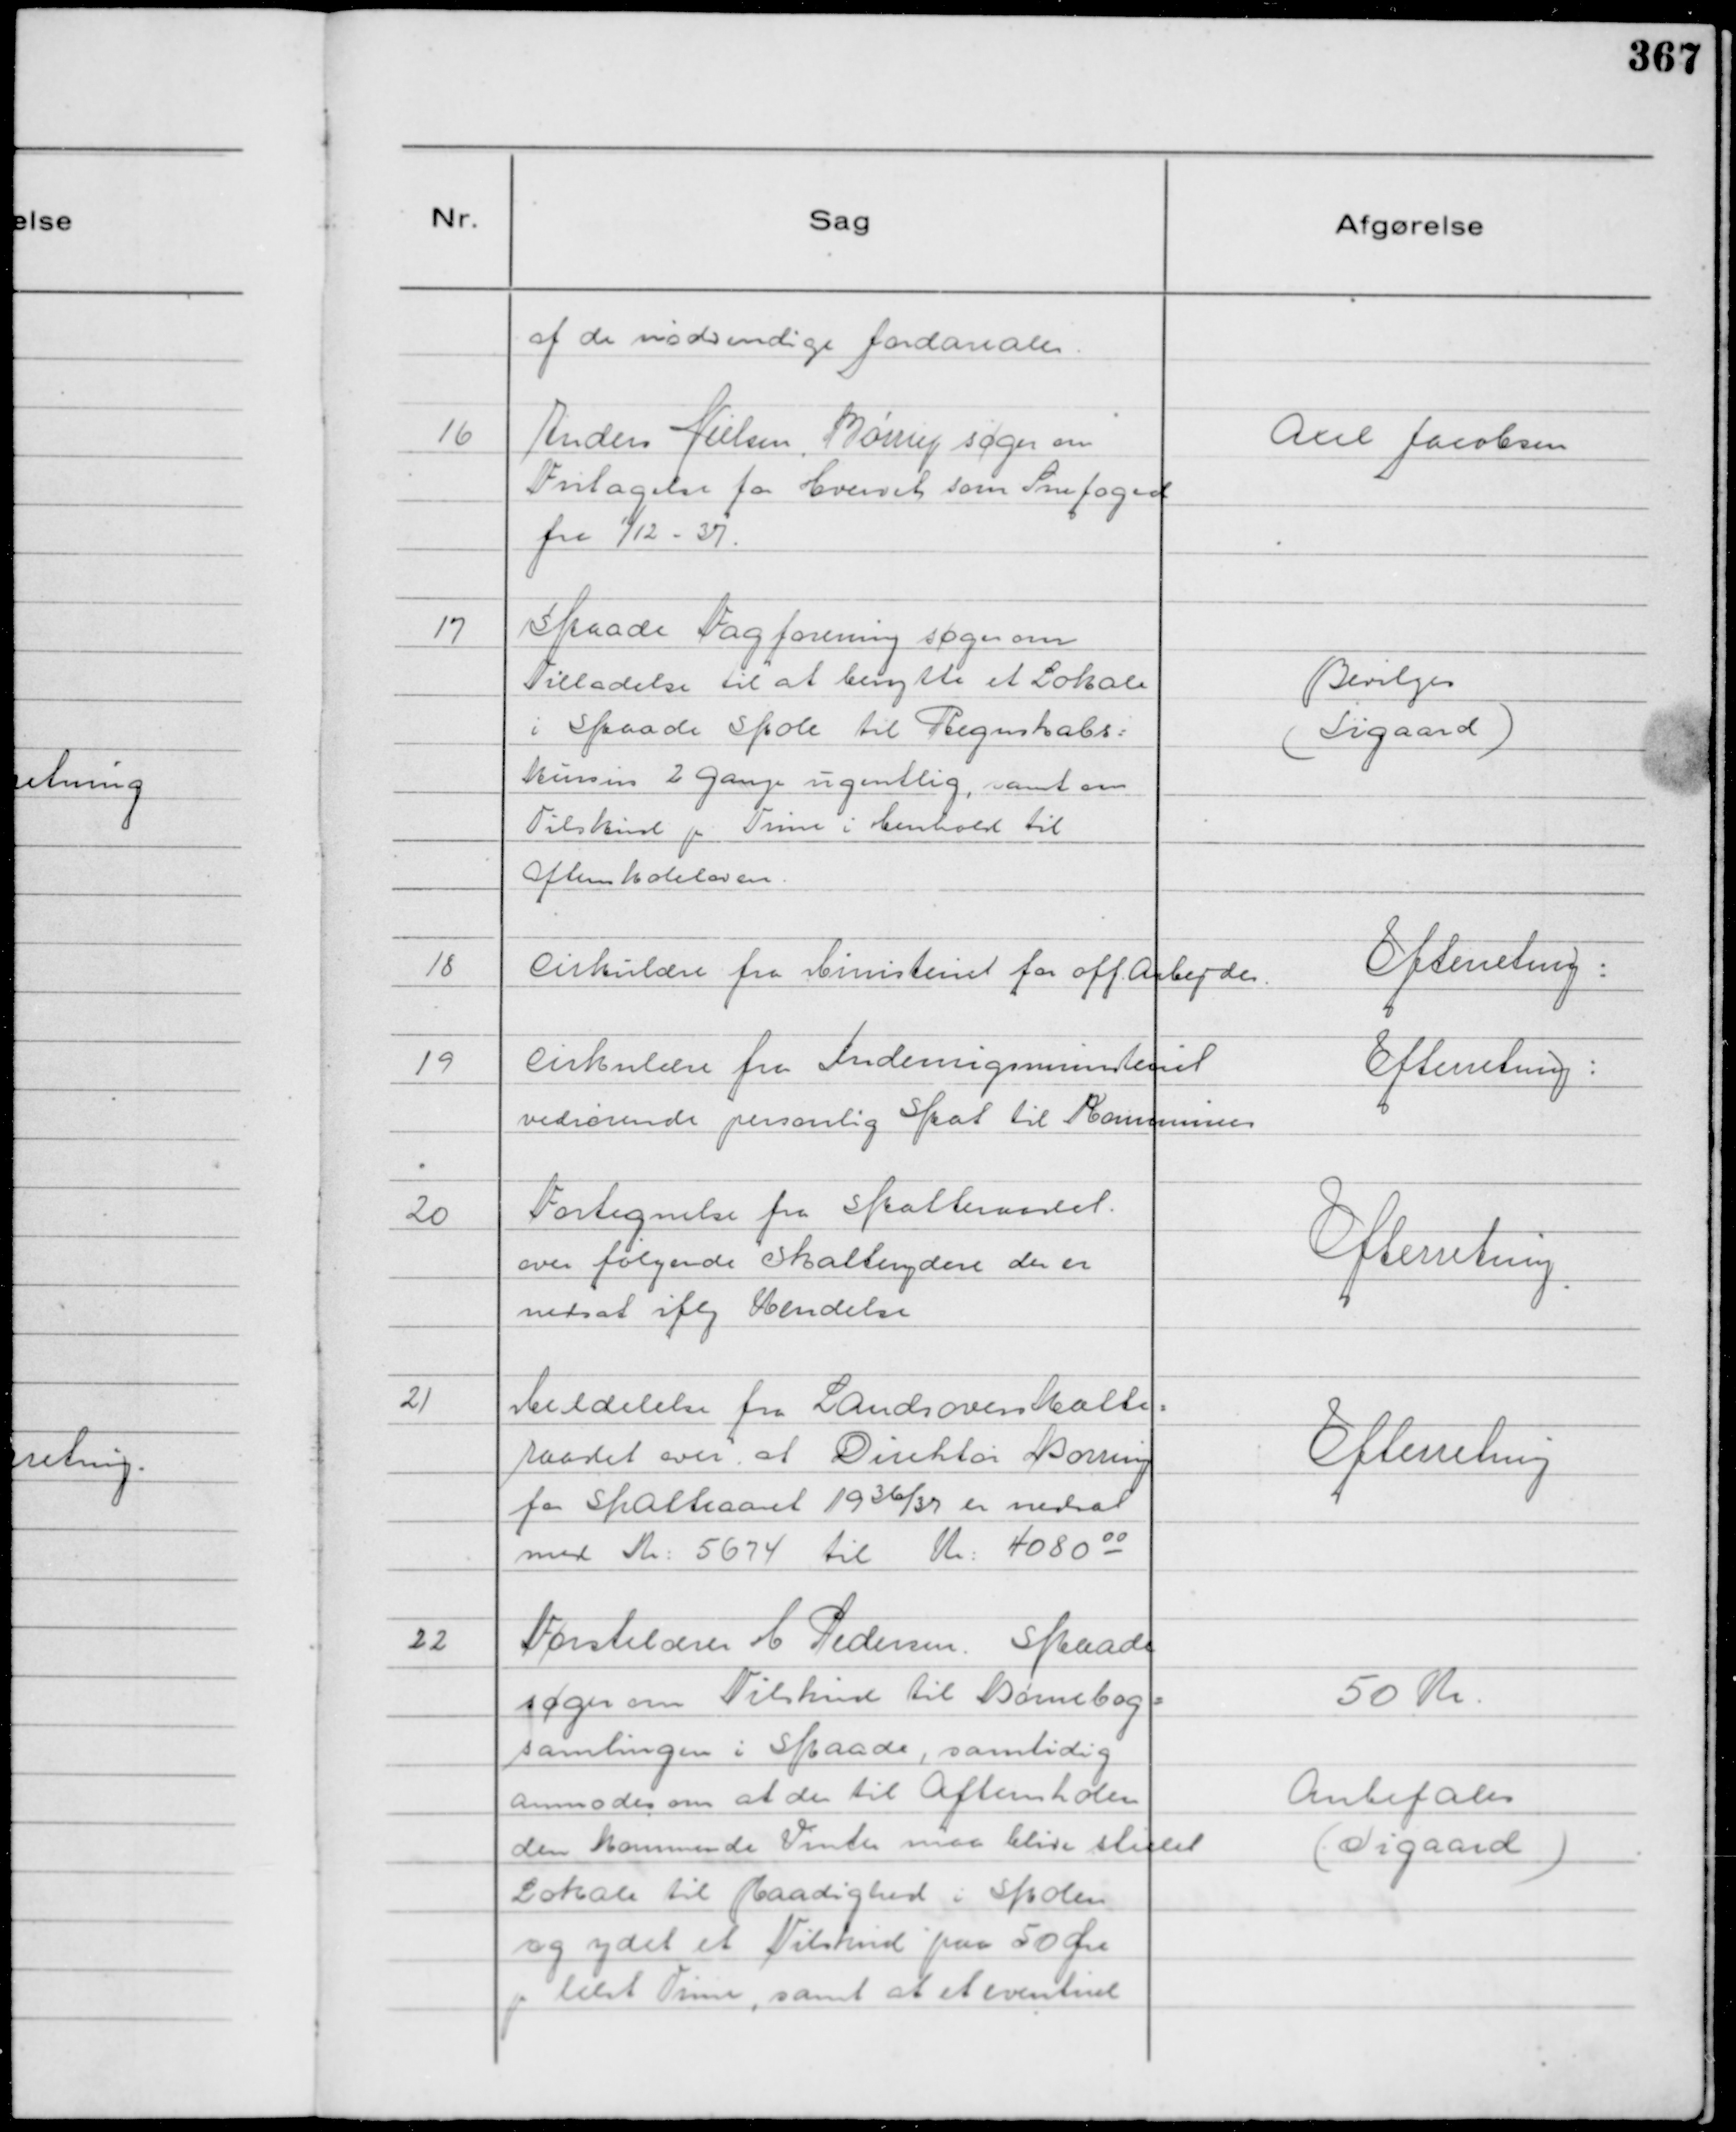
Transskription:
af de nødvendige Jordarealer.

16
Anders Nielsen, Børrup søger om
Fritagelse for Hvervet som Snefoged
fra

1/12 - 37.

Axel Jacobsen

17
Skaade Fagforening søger om
Tilladelse til at benytte et Lokale
i Skaade Skole til Regnskabs=
kursus 2 gange ugentlig, samt om
Tilskud pr Time i Henhold til
Aftenskoleloven.

Bevilges
( Sigaard )

18
Cirkulære fra Ministeriet for off. Arbejder

Efterretning:

19
Cirkulære fra Indenrigsministeriet
vedrørende personlig Skat til Kommuner

Efterretning:

20
Fortegnelse fra Skatteraadet.
over følgende Skatteydere der er
nedsat iflg Kendelse

Efterretning

21
Meddelelse fra Landsoverskatte=
raadet over at Direktør Borring
for Skatteaaret 1936/37 er nedsat
med Kr: 5674 til Kr: 4080 00

Efterretning

22
Førstelærer M Pedersen. Skaade
søger om Tilskud til Børnebog=
samlingen i Skaade, samtidig
anmodes om at der til Aftenskolen
den kommende Vinter maa blive stillet
Lokale til Raadighed i Skolen
og ydet et Tilskud paa 50 Øre
pr læst Time, samt at et eventuel

50 Kr.
Anbefales
( Sigaard )